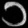
Digit: ၁